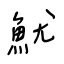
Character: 魷